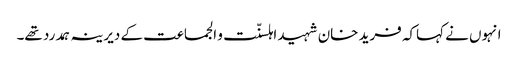
انہوں نے کہاکہ فرید خان شہید اہلسنّت و الجماعت کے دیرینہ ہمدرد تھے۔